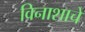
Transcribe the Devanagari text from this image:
विनाशाचे